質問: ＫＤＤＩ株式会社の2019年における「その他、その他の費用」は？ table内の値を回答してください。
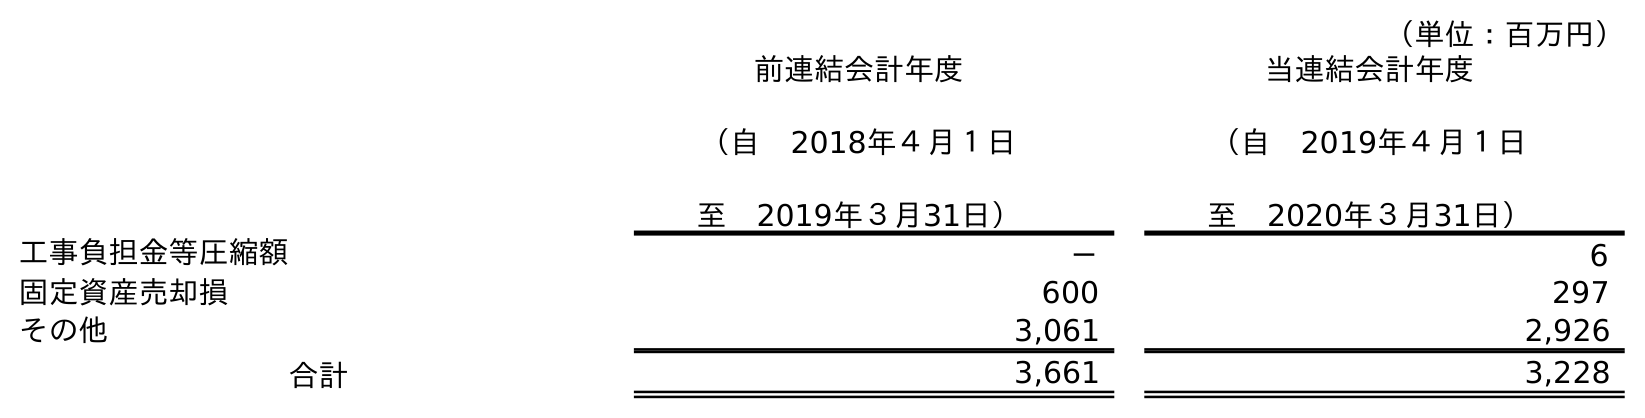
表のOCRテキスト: （単位：百万円） 前連結会計年度 （自 2018年４月１日 至 2019年３月31日） 当連結会計年度 （自 2019年４月１日 至 2020年３月31日） 工事負担金等圧縮額 － 6 固定資産売却損 600 297 その他 3,061 2,926 合計 3,661 3,228
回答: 3,061